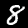
Digit: 8